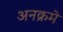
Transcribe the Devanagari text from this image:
अनक्रमे